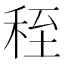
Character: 秷